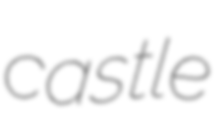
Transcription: castle